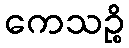
ကေသဉ္စိ